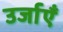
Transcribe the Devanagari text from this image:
उर्जाएँ